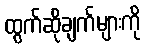
ထွက်ဆိုချက်များကို